Leaving Certificate Examination (including Day School Certificate (Higher) General paper), 1937
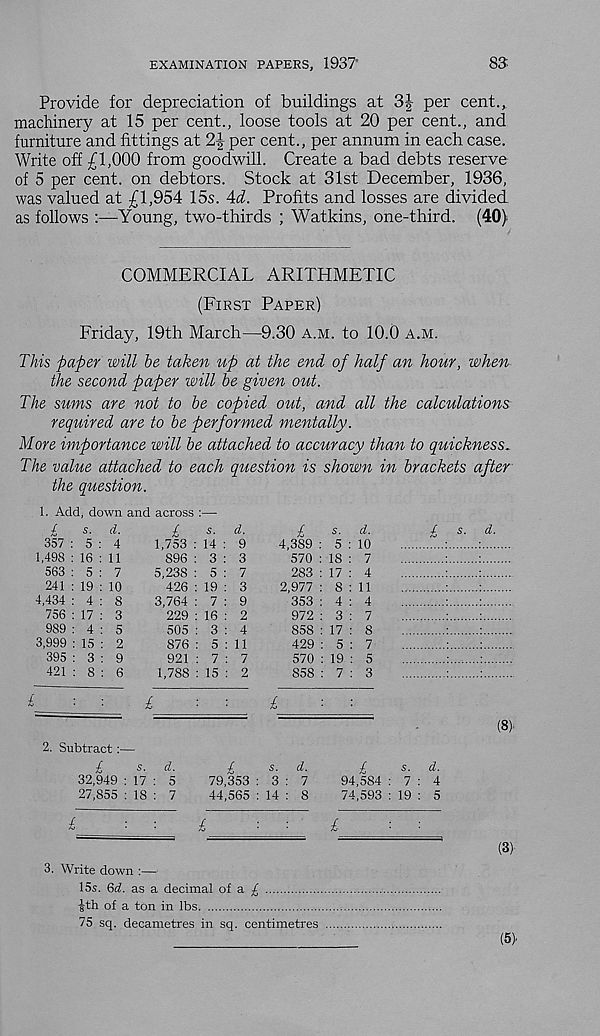
EXAMINATION PAPERS, 193?
83
Provide for depreciation of buildings at 3J per cent.,
machinery at 15 per cent., loose tools at 20 per cent., and
furniture and fittings at 21 per cent., per annum in each case.
Write off £1,000 from goodwill. Create a bad debts reserve
of 5 per cent, on debtors. Stock at 31st December, 1936,
was valued at £1,954 15s. 4d. Profits and losses are divided
as follows
Young, two-thirds ; Watkins, one-third. (40)
COMMERCIAL ARITHMETIC
(First Paper)
Friday, 19th March—9.30 a.m. to 10.0 a.m.
This paper will he taken up at the end of half an hour, when
the second paper will he given out.
The sums are not to be copied out, and all the calculations
required are to be performed mentally.
More importance will be attached to accuracy than to quickness.
The value attached to each question is shown in brackets after
the question.
/
35', . „ .
1,498 : 16 : 11
563 : 5 : 7
241 : 19 : 10
4,434 : 4 : 8
756 : 17 : 3
989 : 4 : 5
3,999 : 15 : 2
395 : 3 : 9
421 : 8 : 6
£
s. d.
1,753 : 14 : 9
896 : 3 : 3
5,238 : 5 : 7
426 : 19 : 3
3,764 : 7 : 9
229 : 16 : 2
505 : 3 : 4
876 : 5:11
921 : 7 : 7
1,788 : 15 : 2
l
s. d.
4,389 : 5 : 10
570 : 18 : 7
283 : 17 : 4
2,977 : 8:11
353 : 4 : 4
972 : 3 : 7
858 : 17 : 8
429 : 5 : 7
570 : 19 : 5
858 : 7 : 3
1. Add, down and across :—
s. d.
2. Subtract:—
£
s. d.
32,949 : 17 : 5
27,855 : 18 : 7
£
s. d.
79,353 : 3 : 7
44,565 : 14 : 8
£
s. d.
94,584 : 7 : 4
74,593 : 19 : 5
d
(8) 1
£
■
:
£
■
■
£
■
■
__
(3 ,
3. Write down :—
15s. Qd. as a decimal of a ^
£th of a ton in lbs
75 sq. decametres in sq. centimetres
(5).